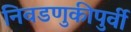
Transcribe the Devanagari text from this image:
निवडणुकीपुर्वी